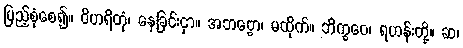
ပြည့်စုံစေ၍။ ဝိဟရိတုံ၊ နေခြင်းငှာ။ အဘဗ္ဗော၊ မထိုက်။ ဘိက္ခဝေ၊ ရဟန်းတို့။ ဆ၊